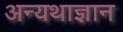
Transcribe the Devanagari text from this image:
अन्यथाज्ञान